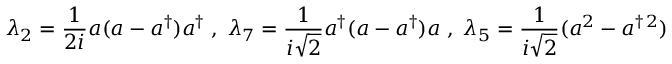
\lambda _ { 2 } = \frac { 1 } { 2 i } a ( a - a ^ { \dagger } ) a ^ { \dagger } \; , \; \lambda _ { 7 } = \frac { 1 } { i \sqrt { 2 } } a ^ { \dagger } ( a - a ^ { \dagger } ) a \; , \; \lambda _ { 5 } = \frac { 1 } { i \sqrt { 2 } } ( a ^ { 2 } - a ^ { \dagger \, 2 } )